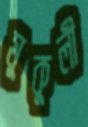
মুকুলী